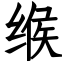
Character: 缑